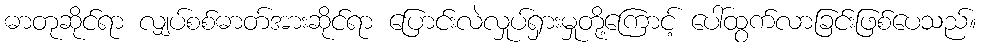
ဓာတုဆိုင်ရာ လျှပ်စစ်ဓာတ်အားဆိုင်ရာ ပြောင်းလဲလှုပ်ရှားမှုတို့ကြောင့် ပေါ်ထွက်လာခြင်းဖြစ်ပေသည်။